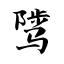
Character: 骘